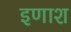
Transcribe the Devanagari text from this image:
इणाश